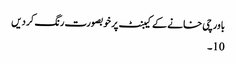
باورچی خانے کے کیبنٹ پر خوبصورت رنگ کر دیں
10۔